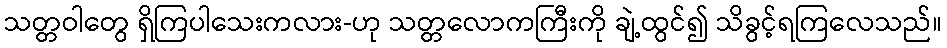
သတ္တဝါတွေ ရှိကြပါသေးကလား-ဟု သတ္တလောကကြီးကို ချဲ့ထွင်၍ သိခွင့်ရကြလေသည်။